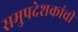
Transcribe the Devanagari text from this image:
समुपदेशकांची